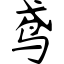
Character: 鸢